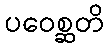
ပဝေစ္ဆတိ